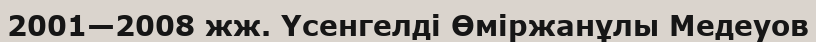
2001—2008 жж. Үсенгелді Өміржанұлы Медеуов